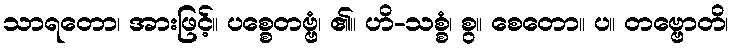
သာရတော၊ အားဖြင့်။ ပစ္စေတဗ္ဗံ၊ ၏။ ဟိ-သစ္စံ၊ စွ။ စေတော။ ပ။ တဗ္ဗောတိ၊